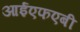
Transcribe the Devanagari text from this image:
आईएफएबी